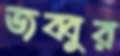
জব্বুর